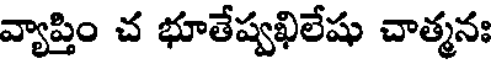
వ్యాప్తిం చ భూతేష్వఖిలేషు చాత్మనః